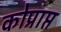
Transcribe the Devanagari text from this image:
कोप्राप्त